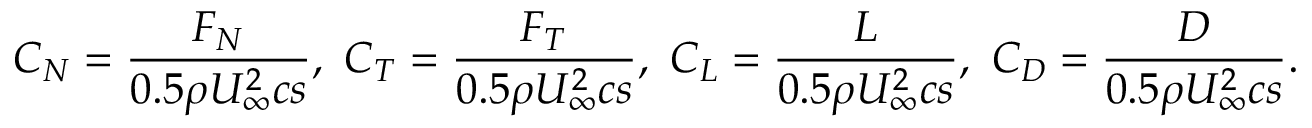
C _ { N } = \frac { F _ { N } } { 0 . 5 \rho U _ { \infty } ^ { 2 } c s } , ~ C _ { T } = \frac { F _ { T } } { 0 . 5 \rho U _ { \infty } ^ { 2 } c s } , ~ C _ { L } = \frac { L } { 0 . 5 \rho U _ { \infty } ^ { 2 } c s } , ~ C _ { D } = \frac { D } { 0 . 5 \rho U _ { \infty } ^ { 2 } c s } .